NAE_ERA_R-2324_Eesti_Vabariigi_Pohiseaduslik_Assamblee, lk 137
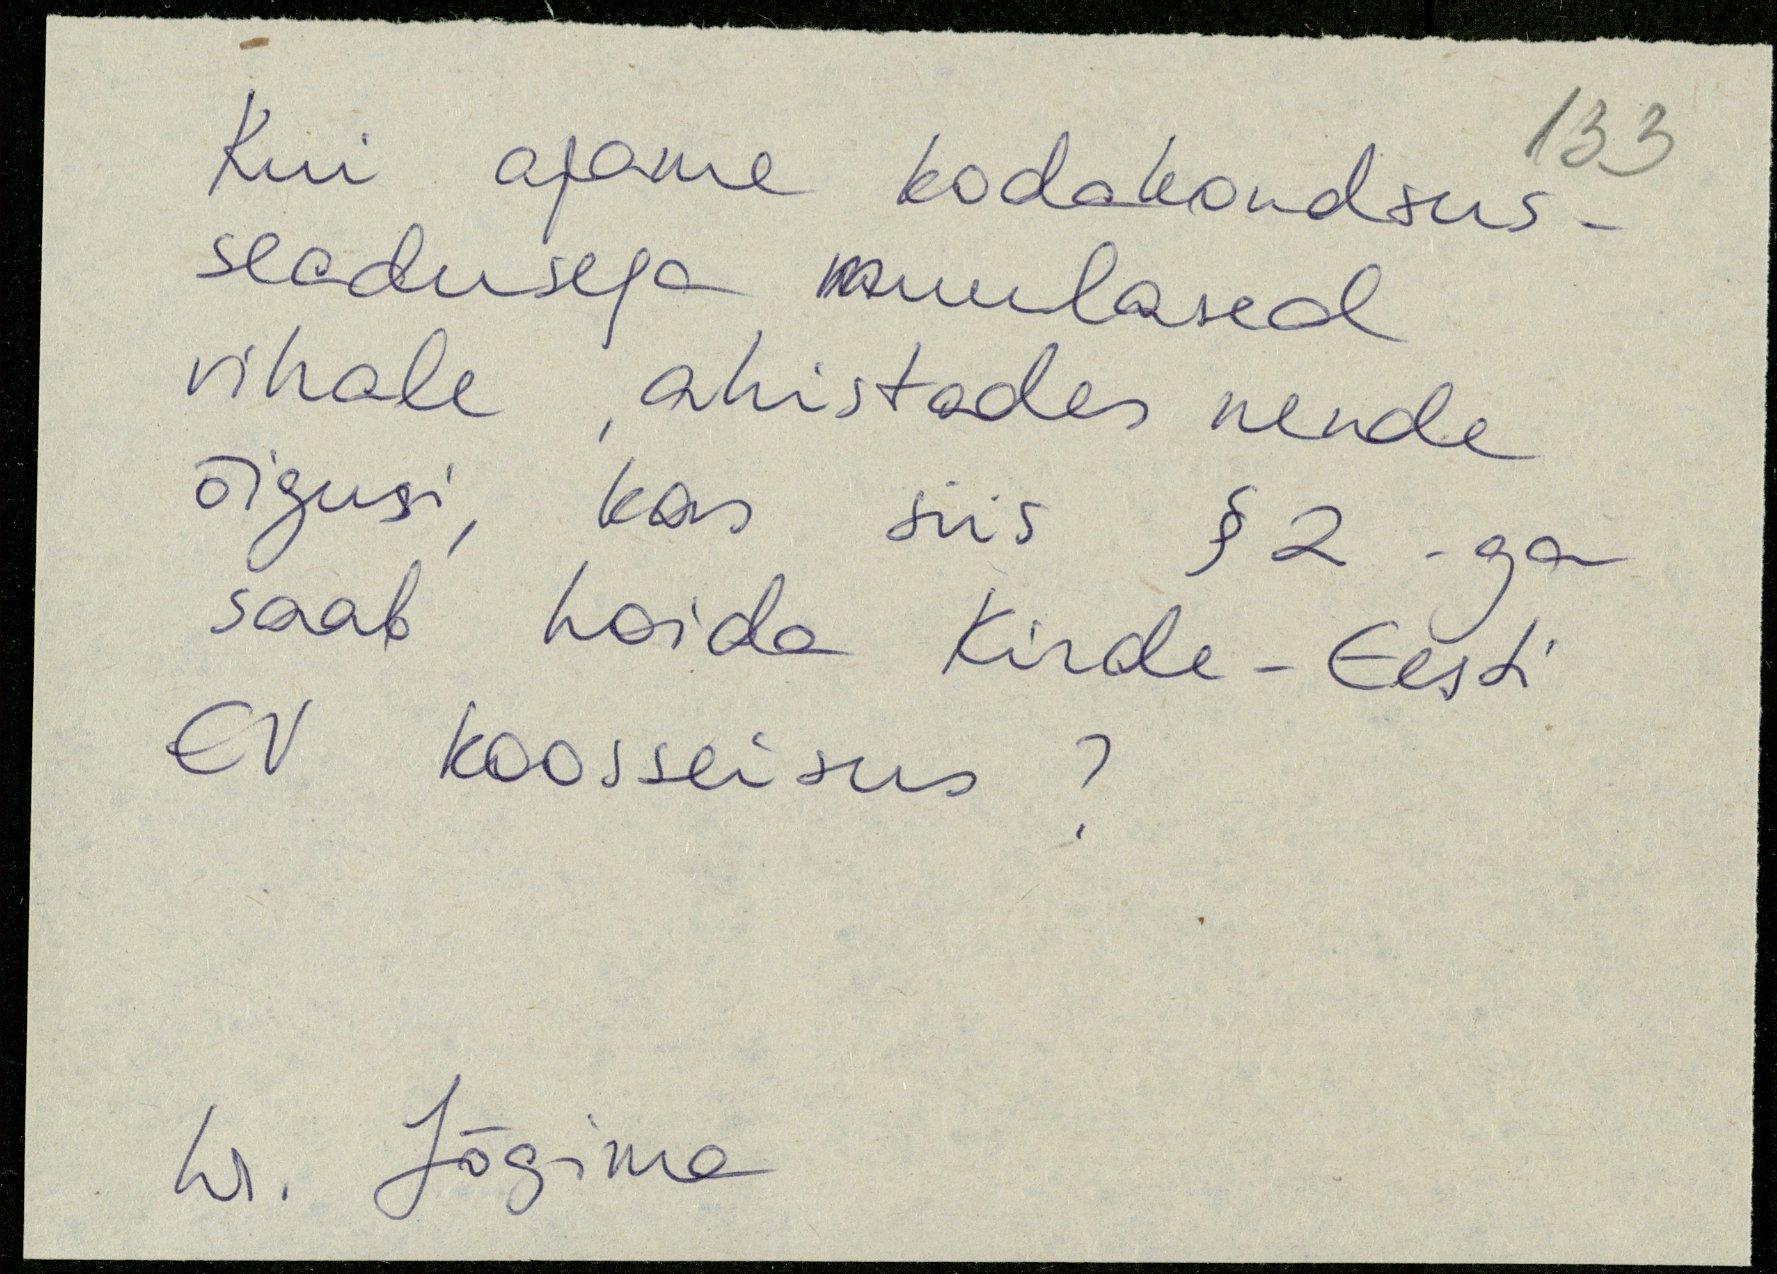
Kui ajame kodakondsus-
seadusega muulased
vihale ahistades nende
õigusi, kas siis § 2 ga
saab hoida Kirde-Eesti
EV koosseisus?
hr. Jõgima